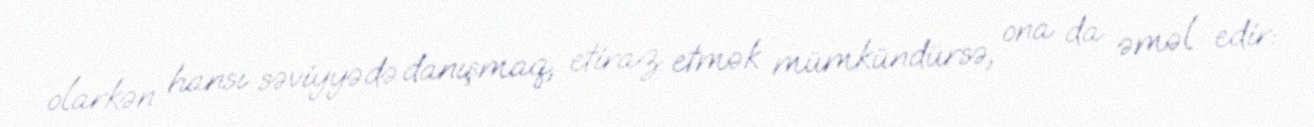
olarkən hansı səviyyədə danışmaq, etiraz etmək mümkündürsə, ona da əməl edir: